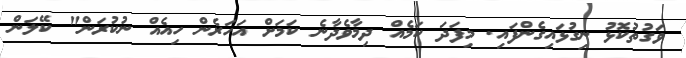
ވަގުތުކޮޅު ނިގުޅައިގެންފައި. މިފަދަ ކަމެއް ދިމާވެދާނެ ކަމަށް އަހަރެން ހިއެއް ނުކުރަން" ކޭލަން